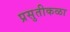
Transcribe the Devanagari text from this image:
प्रसुतीकळा